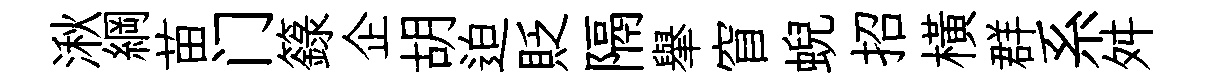
湫綱苗门籙企胡迫貶隔𦦙窅蜺招橫群系舛